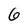
Character: 6